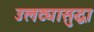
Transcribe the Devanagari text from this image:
उलट्यासुद्धा